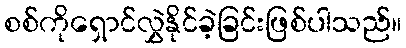
စစ်ကိုရှောင်လွှဲနိုင်ခဲ့ခြင်းဖြစ်ပါသည်။